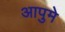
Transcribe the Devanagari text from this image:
आपुमे